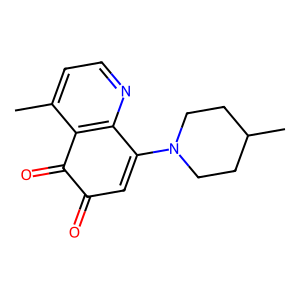
SMILES: Cc1ccnc2c1C(=O)C(=O)C=C2N1CCC(C)CC1
Inhibits HIV replication: No